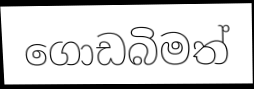
ගොඩබිමත්